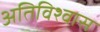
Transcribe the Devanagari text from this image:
अतिविश्वास